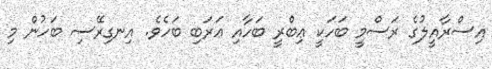
އިސްރާއީލުގެ ރަސްމީ ބަހަކީ ޢިބްރީ ބަހާއި ޢަރަބި ބަހެވެ. އިނގިރޭސި ބަހުން މި